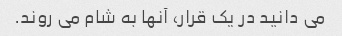
می دانید در یک قرار، آنها به شام ​​می روند.